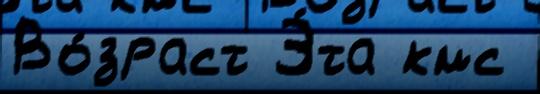
Во́зраст Э́та кмс